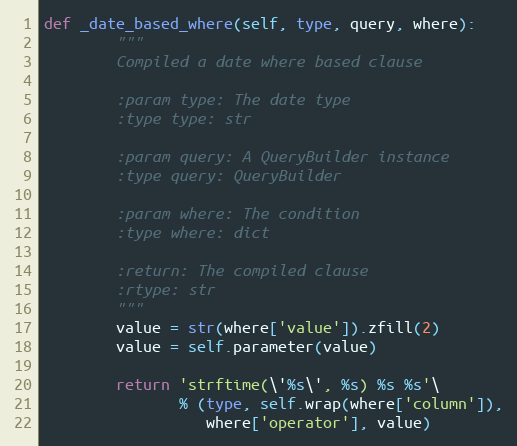
Language: Python
def _date_based_where(self, type, query, where):
        """
        Compiled a date where based clause

        :param type: The date type
        :type type: str

        :param query: A QueryBuilder instance
        :type query: QueryBuilder

        :param where: The condition
        :type where: dict

        :return: The compiled clause
        :rtype: str
        """
        value = str(where['value']).zfill(2)
        value = self.parameter(value)

        return 'strftime(\'%s\', %s) %s %s'\
               % (type, self.wrap(where['column']),
                  where['operator'], value)